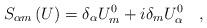
LaTeX: \begin{align*}S_{\alpha m}\left( U\right) =\delta _\alpha U_m^0+i\delta_mU_\alpha ^0\quad ,\end{align*}